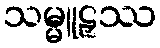
သမ္မူဠှဿ